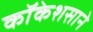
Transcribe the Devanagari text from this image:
कॉकेशसाने